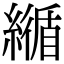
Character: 𦅑